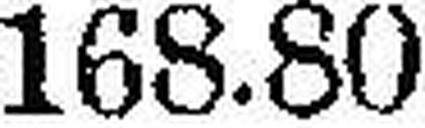
168.80